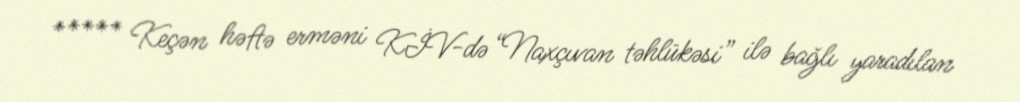
***** Keçən həftə erməni KİV-də “Naxçıvan təhlükəsi” ilə bağlı yaradılan